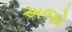
અજો